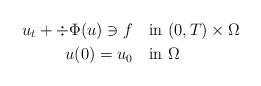
LaTeX: \begin{align*} u_t+\div \Phi(u)\ni f&\quad{\rm in}\ (0,T)\times\Omega\\ u(0)=u_0&\quad{\rm in}\ \Omega \end{align*}